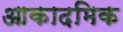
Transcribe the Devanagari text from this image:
आकादमिक